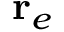
\mathbf { r } _ { e }